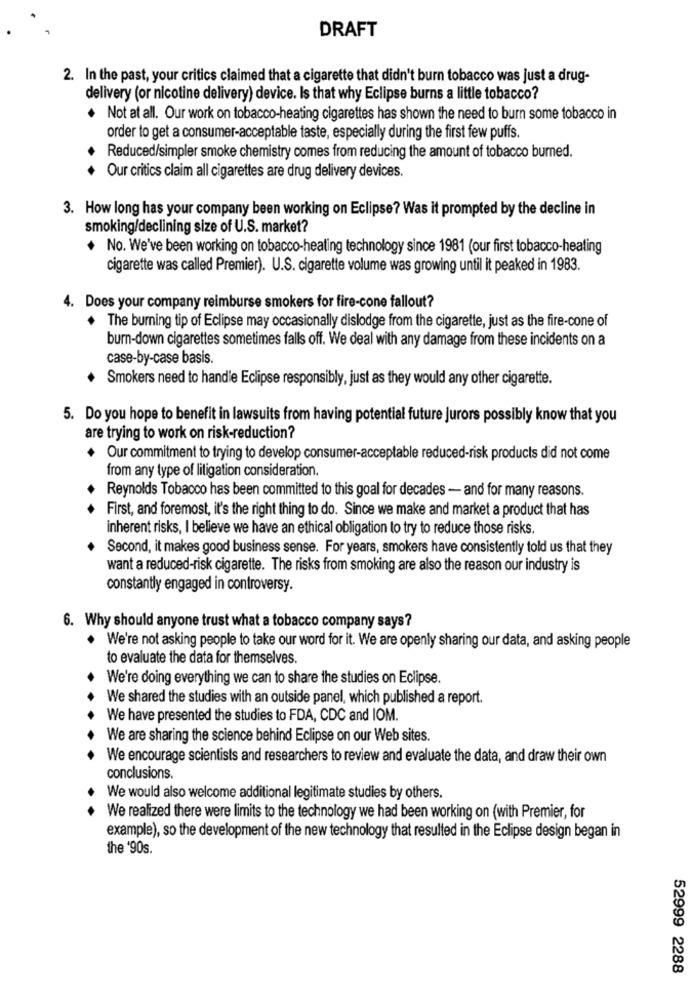
DRAFT
2. In the past, your critics claimed that a cigarette that didn't burn tobacco was just a drug-
delivery (or nicotine delivery) device. Is that why Eclipse burns a little tobacco?
Not at all. Our work on tobacco-heating cigarettes has shown the need to burn some tobacco in
order to get a consumer-acceptable taste, especially during the first few puffs.
Reduced/simpler smoke chemistry comes from reducing the amount of tobacco burned.
Our critics claim all cigarettes are drug delivery devices.
3. How long has your company been working on Eclipse? Was it prompted by the decline in
smoking/declining size of U.S. market?
+ No. We've been working on tobacco-heating technology since 1981 (our first tobacco-heating
cigarette was called Premier). U.S. cigarette volume was growing until it peaked in 1983.
4. Does your company reimburse smokers for fire-cone fallout?
The burning tip of Eclipse may occasionally dislodge from the cigarette, just as the fire-cone of
burn-down cigarettes sometimes falls off. We deal with any damage from these incidents on a
case-by-case basis.
.
Smokers need to handle Eclipse responsibly, just as they would any other cigarette.
5. Do you hope to benefit in lawsuits from having potential future jurors possibly know that you
are trying to work on risk-reduction?
+ Our commitment to trying to develop consumer-acceptable reduced-risk products did not come
from any type of litigation consideration.
Reynolds Tobacco has been committed to this goal for decades - and for many reasons.
First, and foremost, it's the right thing to do. Since we make and market a product that has
inherent risks, I believe we have an ethical obligation to try to reduce those risks.
Second, it makes good business sense. For years, smokers have consistently told us that they
want a reduced-risk cigarette. The risks from smoking are also the reason our industry is
constantly engaged in controversy.
6. Why should anyone trust what a tobacco company says?
We're not asking people to take our word for it. We are openly sharing our data, and asking people
to evaluate the data for themselves.
We're doing everything we can to share the studies on Eclipse.
We shared the studies with an outside panel, which published a report.
We have presented the studies to FDA, CDC and IOM.
We are sharing the science behind Eclipse on our Web sites.
We encourage scientists and researchers to review and evaluate the data, and draw their own
conclusions.
We would also welcome additional legitimate studies by others.
We realized there were limits to the technology we had been working on (with Premier, for
example), so the development of the new technology that resulted in the Eclipse design began in
the '90s.
52999 2288